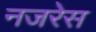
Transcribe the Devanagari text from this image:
नजरेेस